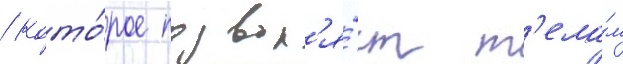
/ кото́рое позвол'я́ет т'ела́м